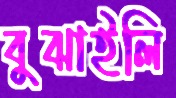
বুঝাইলি